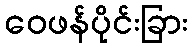
ဝေဖန်ပိုင်းခြား